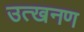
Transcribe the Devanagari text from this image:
उत्खनण